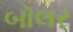
બૉલર